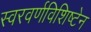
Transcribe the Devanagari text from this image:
स्वरवर्णविशिष्टेन